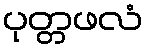
ပုတ္တဖလံ